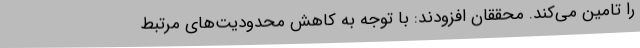
را تامین می‌کند. محققان افزودند: با توجه به کاهش محدودیت‌های مرتبط